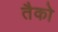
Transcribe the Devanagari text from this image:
तैको